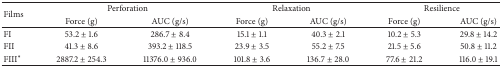
<table><thead><tr><td rowspan="2"><b>Films</b></td><td colspan="2"><b>Perforation</b></td><td colspan="2"><b>Relaxation</b></td><td colspan="2"><b>Resilience</b></td></tr><tr><td><b>Force (g)</b></td><td><b>AUC (g/s)</b></td><td><b>Force (g)</b></td><td><b>AUC (g/s)</b></td><td><b>Force (g)</b></td><td><b>AUC (g/s)</b></td></tr></thead><tbody><tr><td>FI</td><td>53.2 ± 1.6</td><td>286.7 ± 8.4</td><td>15.1 ± 1.1</td><td>40.3 ± 2.1</td><td>10.2 ± 5.3</td><td>29.8 ± 14.2</td></tr><tr><td>FII</td><td>41.3 ± 8.6</td><td>393.2 ± 118.5</td><td>23.9 ± 3.5</td><td>55.2 ± 7.5</td><td>21.5 ± 5.6</td><td>50.8 ± 11.2</td></tr><tr><td>FIII<sup><i>∗</i></sup></td><td>2887.2 ± 254.3</td><td>11376.0 ± 936.0</td><td>101.8 ± 3.6</td><td>136.7 ± 28.0</td><td>77.6 ± 21.2</td><td>116.0 ± 19.1</td></tr></tbody></table>